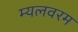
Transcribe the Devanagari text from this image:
म्यलवरम